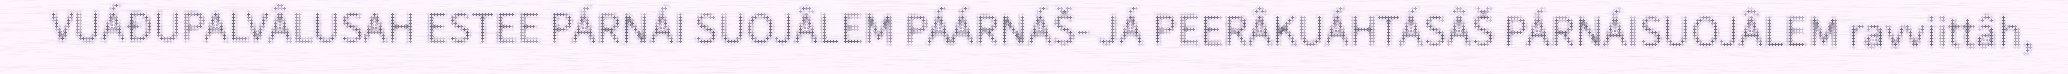
VUÁĐUPALVÂLUSAH ESTEE PÁRNÁI SUOJÂLEM PÁÁRNÁŠ- JÁ PEERÂKUÁHTÁSÂŠ PÁRNÁISUOJÂLEM ravviittâh,